Vital statistics of India. Vol. IV, Annual returns from 1871 to 1876. British Army of India, Native Army and jails of Bengal
Year: 1871
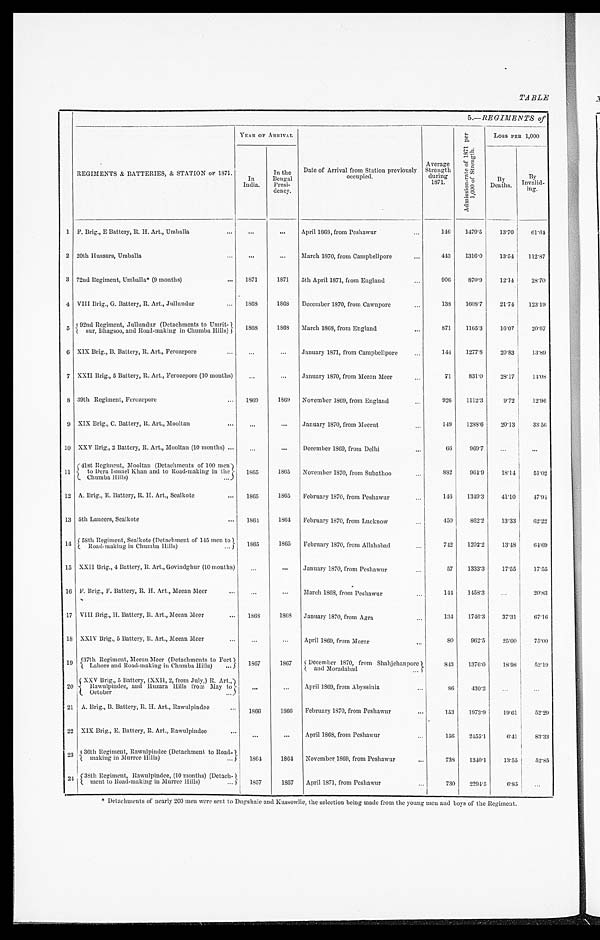
TABLE
5.— REGIMENTS of
REGI MENT S & BAT T ERI ES, & ST AT I ON OF 1 8 7 1 .
Y EAR OF ARRI VAL
Date of Arrival from Station previously occupied.
A v e r a g e S t r e n g t h d u r i n g 1 8 7 1 .
A d m i s s i o n - r a t e o f 1 8 7 1 p e r 1 , 0 0 0 o f S t r e n g t h .
LOSS PER 1,000
I n I ndi a.
I n t h e Be n g a l P r e s i - d e n c y .
By Deat hs.
By I n v a l i d - i n g .
1
Brig., E Battery, R. H. Art., Umballa
...
...
April 1868, from Peshawur
146 1479·5
13·70 61·64
2 20th Hussars, Umballa
...
...
March 1870, from Campbellpore
443
1316·0
13·54 112·87
3 72nd Regiment, Umballa* (9 months) 1871
1871 5th April 1871, from England
906
870·9
12·14
28·70
4 VIII Brig., G. Battery, R. Art., Jullundur
1868
1868
December 1870, from Cawnpore
138
1608·7
21·74 123·19
5 92nd Regiment, Jullundur (Detachments to
Umrit-sur, Bhagsoo, and Road-making in Chumba Hills)
1868
1868
March 1868, from England
871
1165·3
16·07
20·67
6 XIX Brig., B. Battery, R. Art., Ferozepore
...
...
January 1871, from Campbellpore
144
1277·8
20·83
13·89
7 XXII Brig., 5 Battery, R. Art., Ferozepore (10 mouths)
...
...
January 1870, from Meean Meer
71
831·0
28·17
14·08
8 39th Regiment, Ferozepore
1869
1869 November 1869, from England
926 1112·3
9·72
12·96
9 XIX Brig., C. Battery, R. Art., Mooltan
...
...
January 1870, from Meerut
149
1288·6
20·13
33·56
1 0 XXV Brig., 2 Battery, R. Art., Mooltan (10 months)
...
...
December 1869, from Delhi
66
969·7 ...
...
1 1
41st Regiment, Mooltan (Detachments of 100 men)
to Dera Ismael khan and to Road-making in the Chumba Hills)
1865
1865 November 1870, from Subathoo
882
964·9
18·14
51·02
1 2 A. Brig., E. Battery, R. H. Art., Sealkote
1865
1865 February 1870, from Peshawur
146
1349·3
41·10 47·94
1 3 5th Lancers, Sealkote
1864
1864 February 1870, from Lucknow
450
862·2
13·33
62·22
1 4 58th Regiment, Sealkote (Detachment of 145 men to
Road-making in Chumba Hills)
1865
1865 February 1870, from Allahabad
742
1202·2
13·48
64·69
1 5 XXII Brig., 4 Battery, R. Art., Govindghur (10 months) ...
... January 1970, from Peshawur
57
1333·3
17·55 17·55
1 6 F. Brig., F. Battery, R. H. Art., Meean Meer ...
...
March 1868, from Peshawur
144 1458·3 ...
20·83
1 7 VIII Brig., H. Battery, R. Art., Meean Meer 1868
1868 January 1870, from Agra
134
1746·3
37·31
67·16
1 8 XXIV Brig., 5 Battery, R. Art., Meean Meer
...
...
April 1869, from Morar
80
962·5
25·00
75·00
1 9 37th Regiment, Meean Meer (Detachments to Fort
Lahore and Road-making in Chumba Hills)
1867
1867
December 1870, from Shahjehanpore
and Moradabad
843
1376·0
18·98
52·19
2 0 XXV Brig., 5 Battery, (XXII, 2, from July,) R. Art.,
Rawulpindee, and Huzara Hills from May to
October
...
... April 1869, from Abyssinia
86
430·2 ...
...
2 1 A. Brig., B. Battery, R. H. Art., Rawulpindee
1866
1866 February 1870, from Peshawur
153
1973·9
19·61 52·29
2 2 XIX Brig., E. Battery, R. Art., Rawulpindee
...
... April 1868, from Peshawur
156
2455·1
6·41
83·33
2 3 36th Regiment, Rawulpindee (Detachment to Road-making in Murree Hills) 1864
1864 November 1869, from Peshawur
738 1340·1
13·55
52·85
2 4 38th Regiment, Rawulpindee, (10 months) (Detach-
ment to Road-making in Murree Hills) 1857
1857 April 1871, from Peshawur
730
2294·5
6·85 ...
* Detachments of nearly 200 men were sent to Dugshaie and kussowlie, the selection being made from the young men and boys of the Regiment.